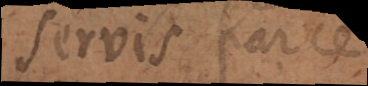
servis parce